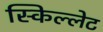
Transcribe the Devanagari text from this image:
स्किल्लेट